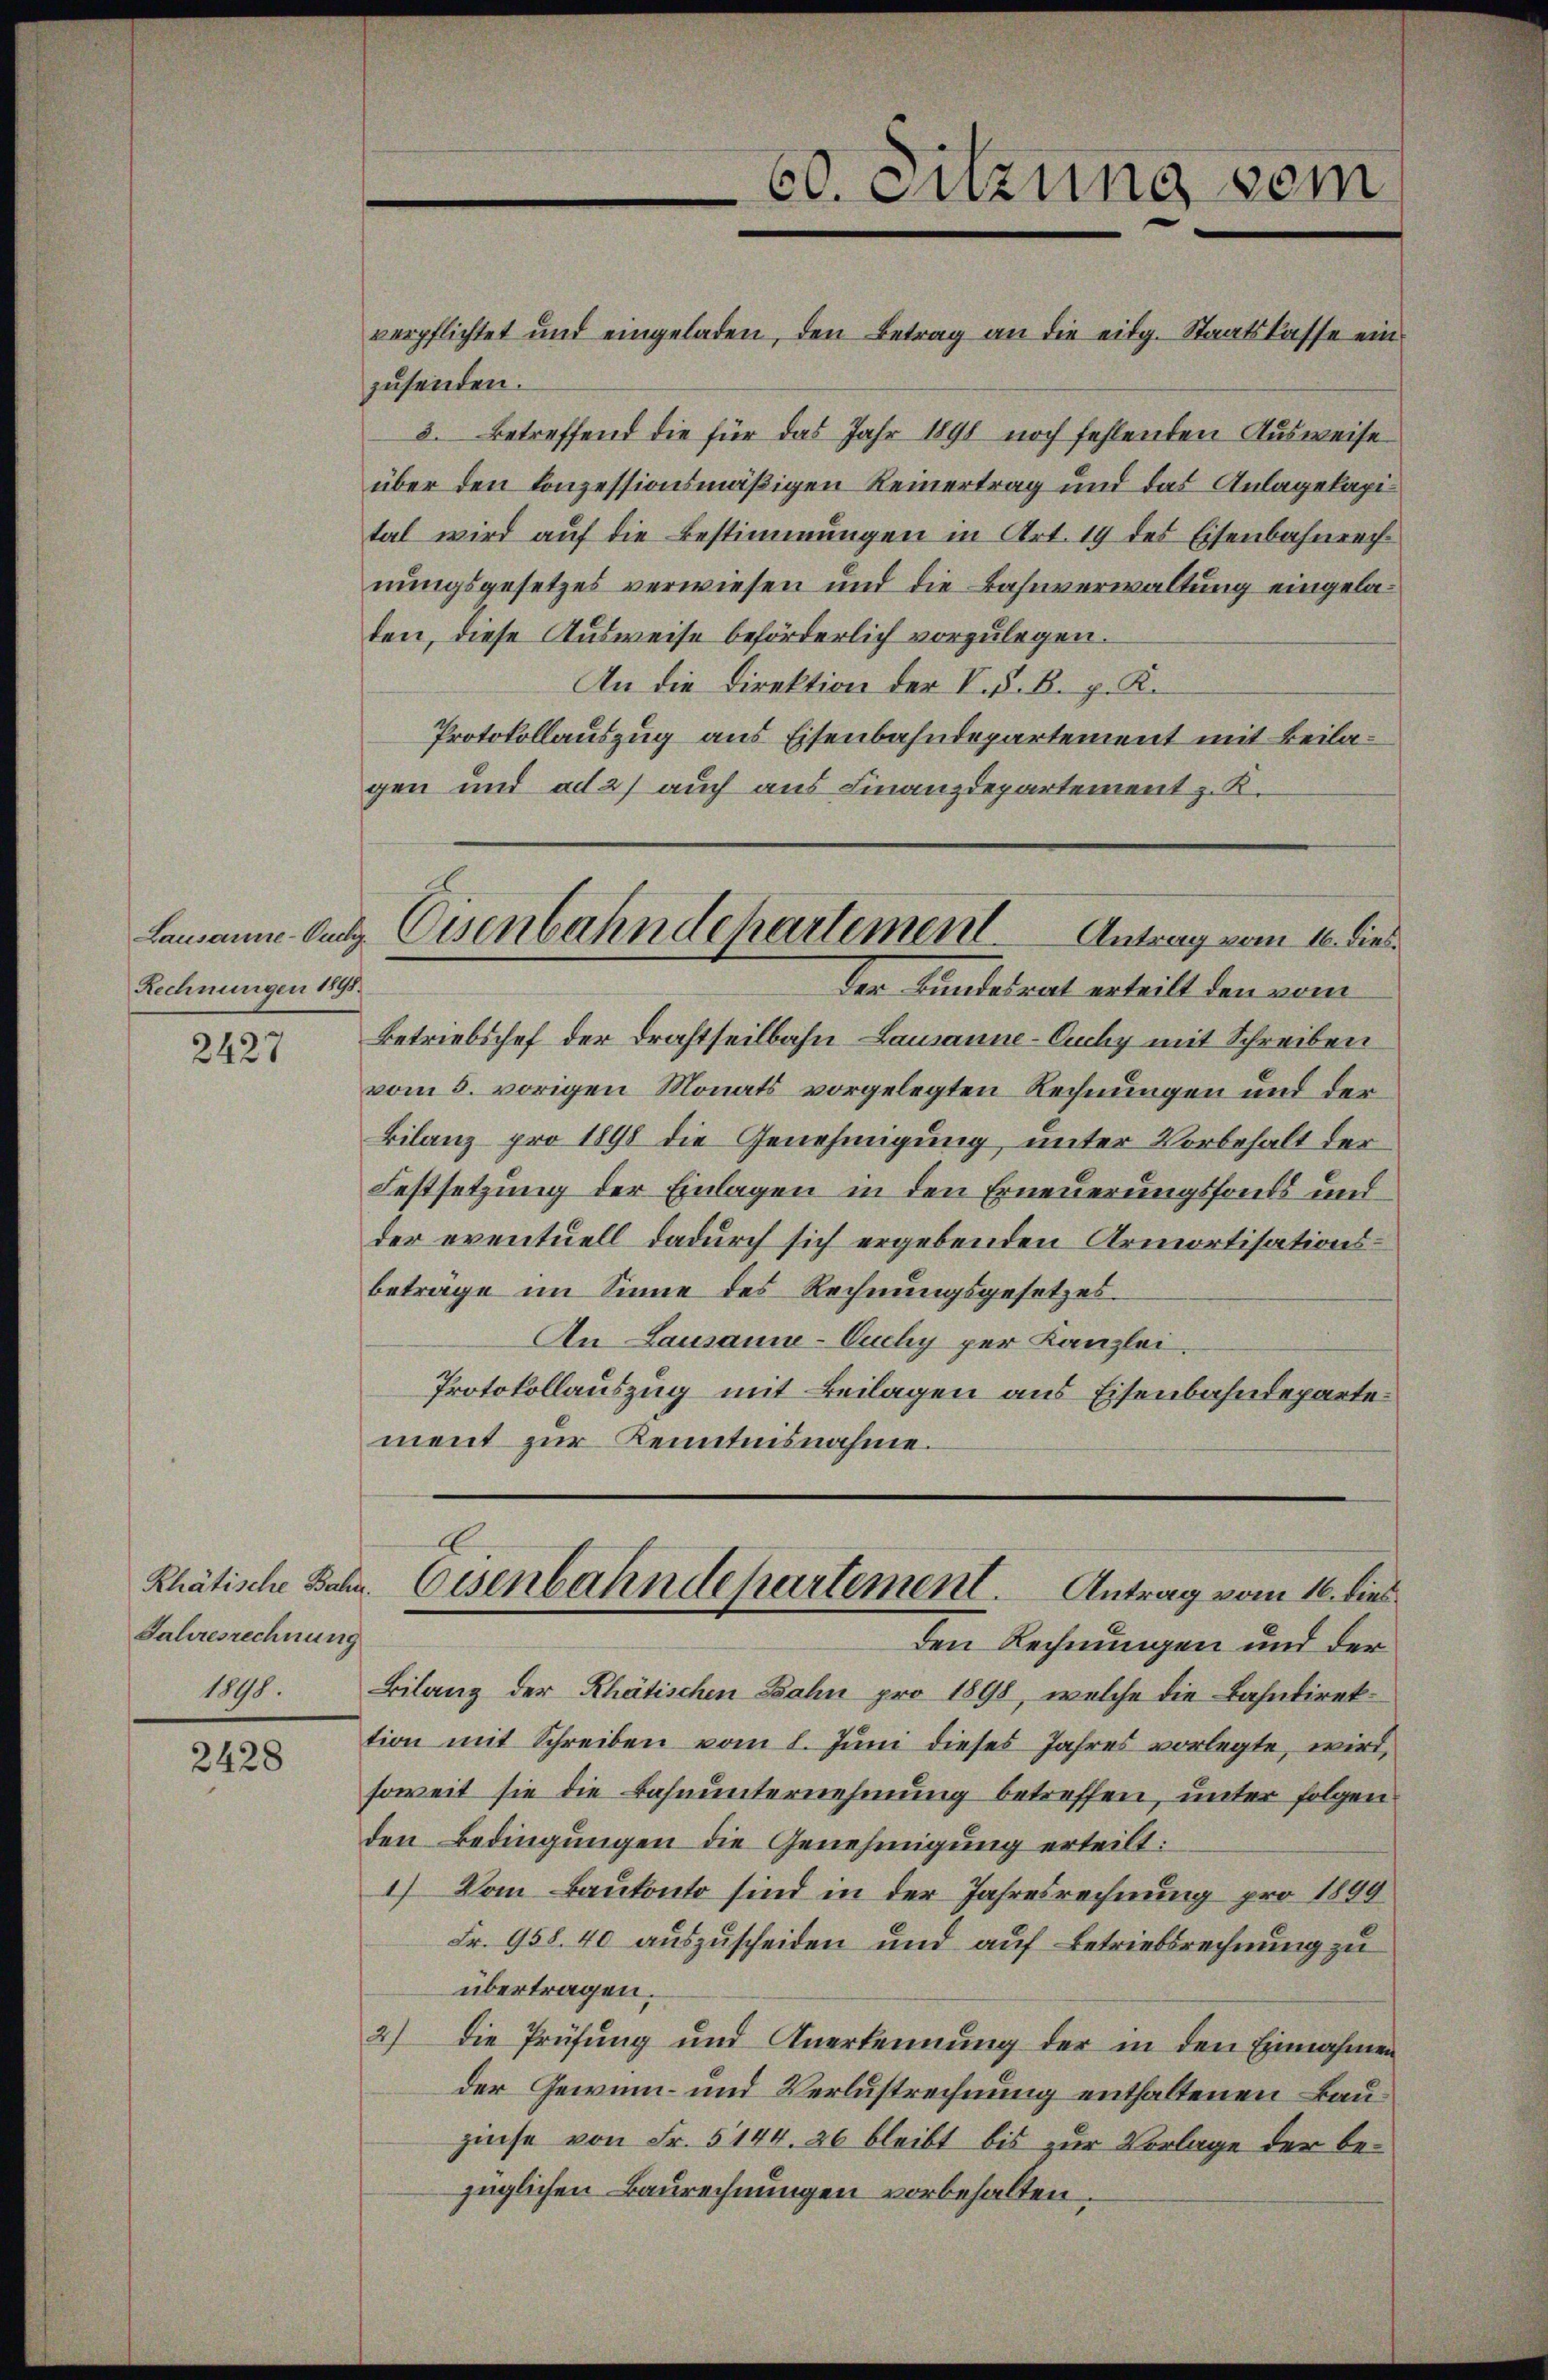
Rechnungen 1898.

2427

Jahresrechnung
1111.

2428

zusenden.
3. Betreffend die für das Jahr 1898 noch fehlenden Ausweise
über den Conzessionsmäßigen Reinertrag und das Anlagekapital wird auf die Bestimmungen in Art. 19 des Eisenbahnrechnungsgesetzes verwiesen und die Bahnverwaltung eingelaten, diese Ausweise beförderlich vorzulegen.
An die Direktion der V. P. B. p. K.
Protokollauszug aus Eisenbahndepartement mit Beilagen und ad 2) auch aus Finanzdepartement z. K.

Betriebschef der Drahtheilbahn Lausanne-Auuchy mit Schreiben
vom 5. vorigen Monats vorgelegten Rechnungen und der
Bilanz pro 1898 die Genehmigung unter Vorbehalt der
Festsetzung der Einlagen in den Erneuerungsfonds und
der eventuell dadurch sich ergebenden Armortisationsbeträge im Sinne des Rechnungsgesetzes¬
An Lausanne-Ouchy per Kanzlei.
Protokollauszug mit Beilagen aus Eisenbahndepartement zur Kenntnisnahme.

60. Sitzung dem
verpflichtet und eingeladen, den Betrag an die eidg. Staatskasse ein

Lausanne. Da Eisenbahndepartement. Antrag vom 16. dies
der Bundesrat erteilt den vom

den Rechnungen und der
Bilanz der Rhätischen Bahn pro 1898, welche die Bahndirektion mit Schreiben vom 1. Juni dieses Jahres vorlegte, wird,
soweit sie die Bahnunternehmung betreffen, unter folgen
den Bedingungen die Genehmigung erteilt:
1.) Vom Baukonto sind in der Jahresrechnung pro 1809
Fr. 958. 40 auszuscheiden und auf Betriebsrechnung zu
übertragen.
2) die Prüfung und Anerkennung der in den Einnahmen
der Gewinn- und Verlustrechnung enthaltenen Bauzinse von Fr. 5144. 26 bleibt bis zur Vorlage der bezüglichen Baurechnungen vorbehalten.

E
Rhätische Bahn. Eisenbahndepartement. Antrag vom 16. dies